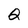
Character: Q